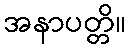
အနာပတ္တိ။